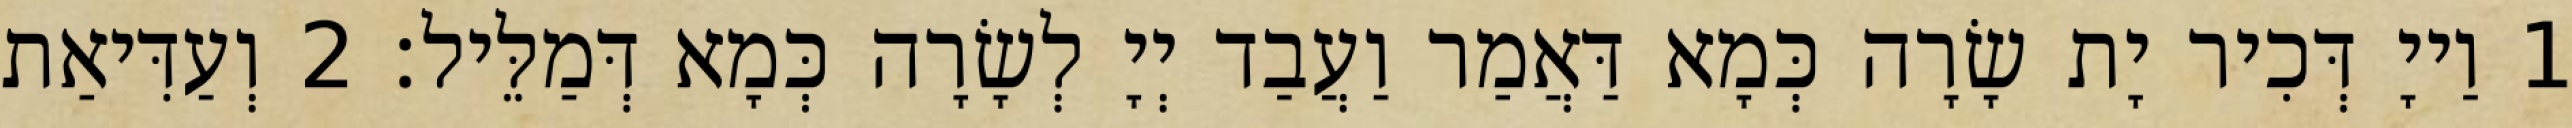
1 וַייָ דְּכִיר יָת שָׂרָה כְּמָא דַּאֲמַר וַעֲבַד יְיָ לְשָׂרָה כְּמָא דְּמַלֵּיל׃ 2 וְעַדִּיאַת